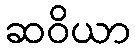
ဆဝိယာ